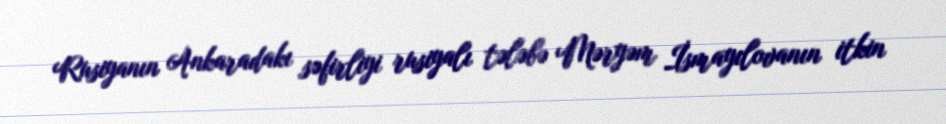
Rusiyanın Ankaradakı səfirliyi rusiyalı tələbə Məryəm İsmayılovanın itkin